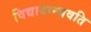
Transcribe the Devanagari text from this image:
विद्यावान्भवति